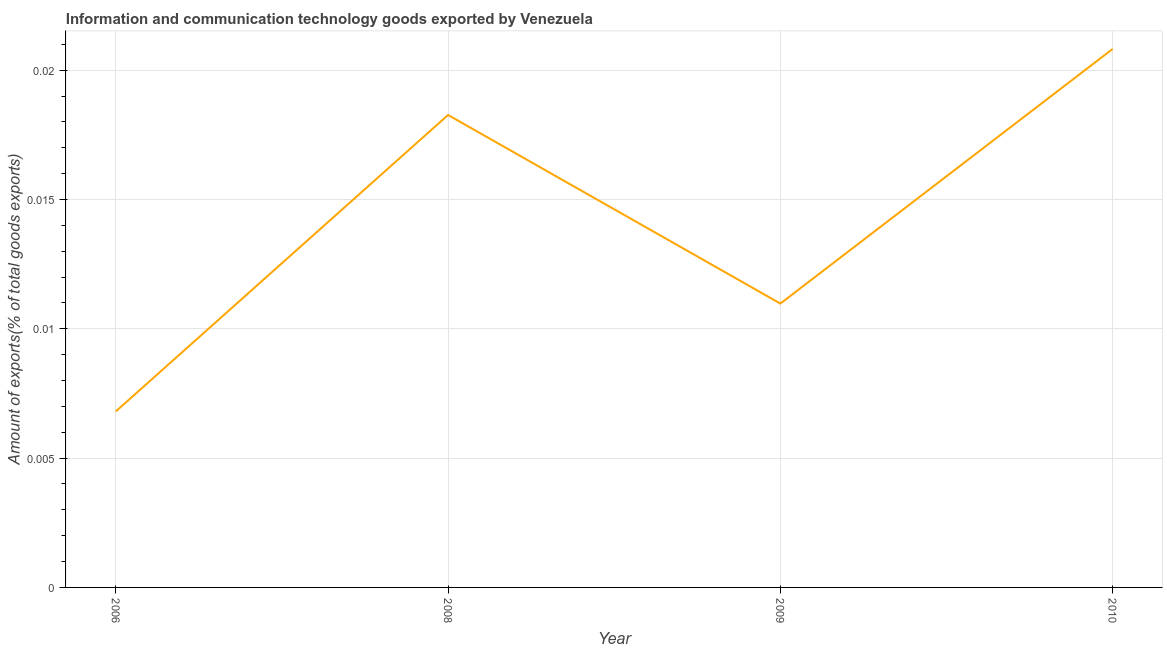
| Year | ICT goods exports |
 | --- | --- |
 | 2006 | 0.0068 |
 | 2008 | 0.0183 |
 | 2009 | 0.011 |
 | 2010 | 0.0208 |